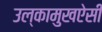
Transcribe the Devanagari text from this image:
उल्कामुखऐसी